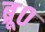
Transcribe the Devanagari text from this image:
ब्रू०